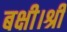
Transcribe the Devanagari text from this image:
बक्षी।श्री